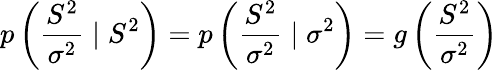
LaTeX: p\left({\frac{S^{2}}{\sigma^{2}}}\mid S^{2}\right)=p\left({\frac{S^{2}}{\sigma^{2}}}\mid\sigma^{2}\right)=g\left({\frac{S^{2}}{\sigma^{2}}}\right)